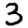
Digit: 3